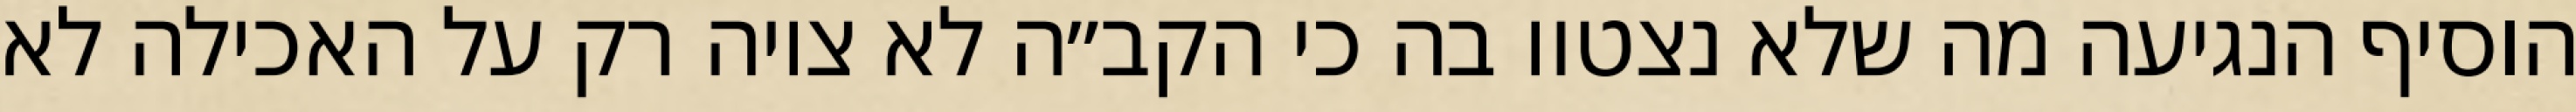
הוסיף הנגיעה מה שלא נצטוו בה כי הקב״ה לא ציוה רק על האכילה לא